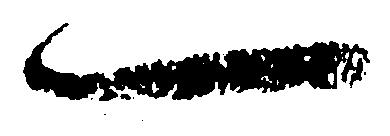
一